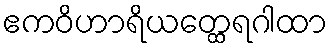
ဧကဝိဟာရိယတ္ထေရဂါထာ